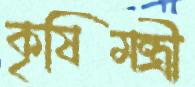
কৃষিমন্ত্রী